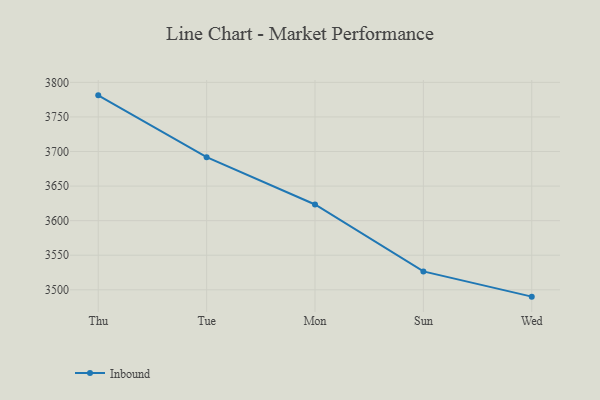
{"axis": {"x": "Day", "y": "Gross Profit (USD K)"}, "legend": ["Inbound"], "data": [{"x": "Thu", "y": 3781.2, "type": "Inbound"}, {"x": "Tue", "y": 3691.8, "type": "Inbound"}, {"x": "Mon", "y": 3623.4, "type": "Inbound"}, {"x": "Sun", "y": 3526.6, "type": "Inbound"}, {"x": "Wed", "y": 3490.1, "type": "Inbound"}]}